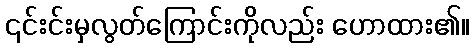
၎င်းင်းမှလွတ်ကြောင်းကိုလည်း ဟောထား၏။